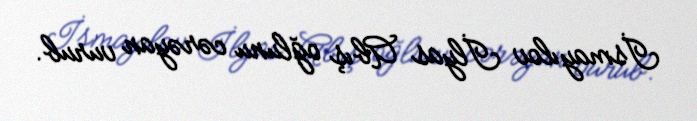
İsmayılov İlyas Abış oğlunu cərəyan vurub.